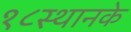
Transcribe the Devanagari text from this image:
१८स्थानके